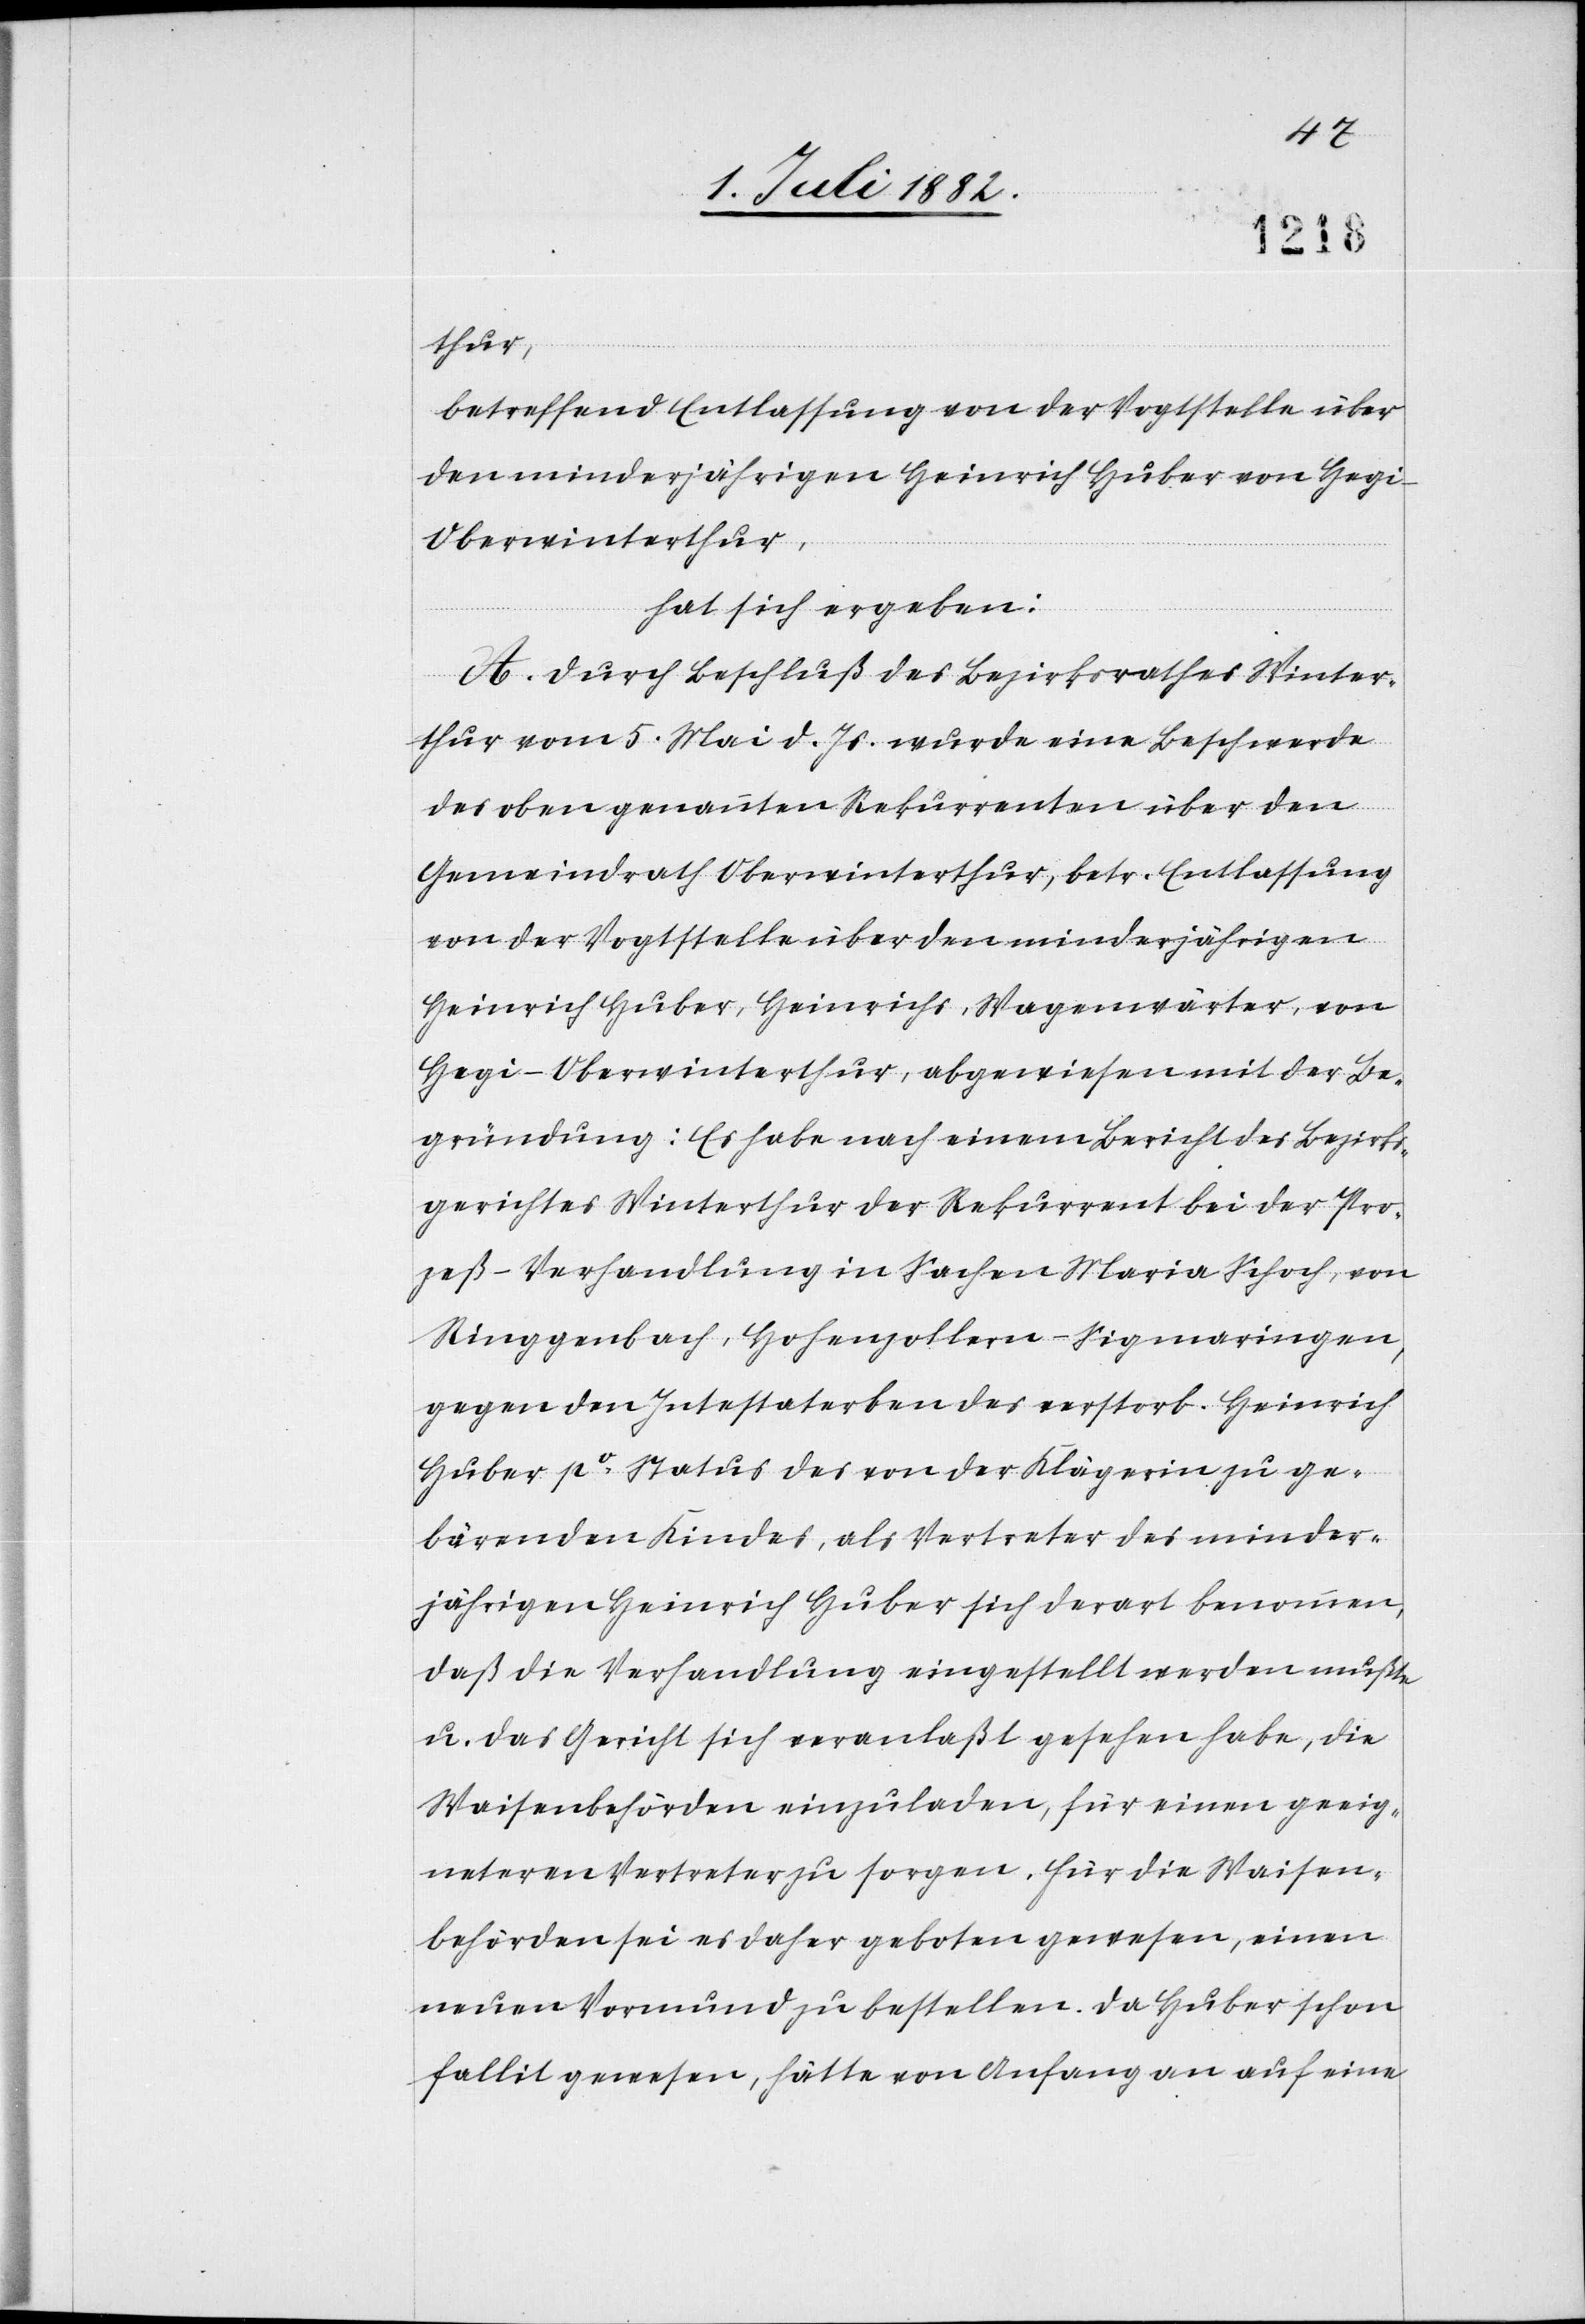
thur,
betreffend Entlassung von der Vogtstelle über
den minderjährigen Heinrich Huber von Hegi
Oberwinterthur,
hat sich ergeben:
A. Durch Beschluß des Bezirksrathes Winter¬
thur vom 5. Mai d. Js. wurde eine Beschwerde
des oben genannten Rekurrenten über den
Gemeindrath Oberwinterthur, betr. Entlassung
von der Vogtstelle über den minderjährigen
Heinrich Huber, Heinrichs, Wagenwärter, von
Hegi - Oberwinterthur, abgewiesen mit der Be¬
gründung: Es habe nach einem Bericht des Bezirks¬
gerichtes Winterthur der Rekurrent bei der Pro¬
zeß-Verhandlung in Sachen Maria Schoch, von
Ringgenbach, Hohenzollern - Sigmaringen,
gegen den Intestaterben des verstorb. Heinrich
Huber po Status des von der Klägerin zu ge¬
bärenden Kindes, als Vertreter des minder¬
jährigen Heinrich Huber sich derart benommen,
daß die Verhandlung eingestellt werden mußte,
u. das Gericht sich veranlaßt gesehen habe, die
Waisenbehörden einzuladen, für einen geeig¬
neteren Vertreter zu sorgen. Für die Waisen¬
behörden sei es daher geboten gewesen, einen
neuen Vormund zu bestellen. Da Huber schon
fallit gewesen, hätte von Anfang an auf eine